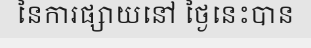
នៃការផ្សាយនៅ ថ្ងៃនេះបាន